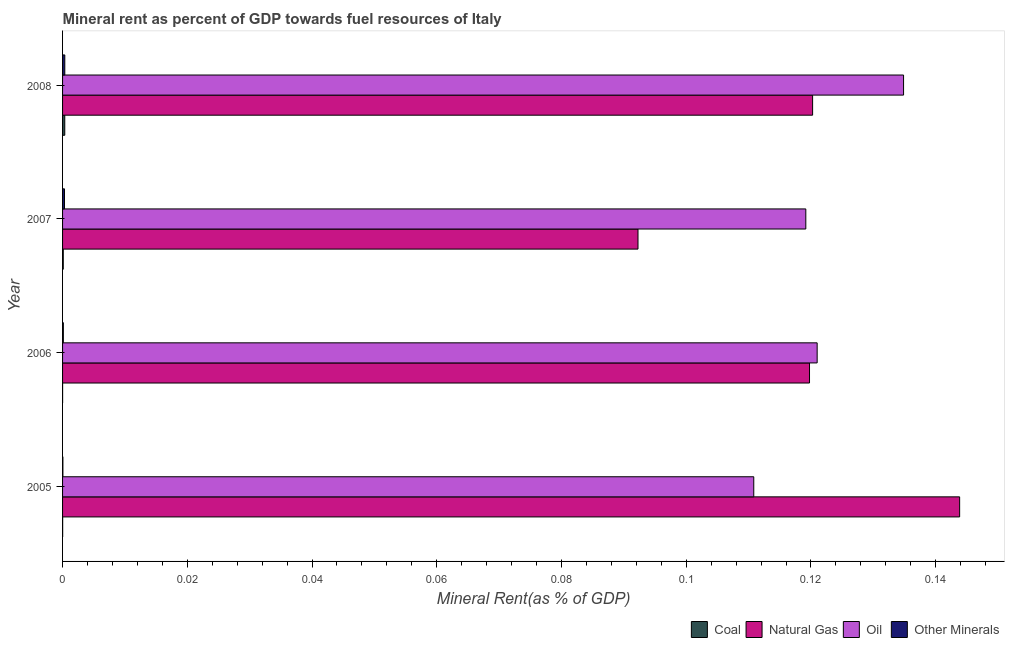
| Year | Coal | Natural Gas | Oil | Other Minerals |
 | --- | --- | --- | --- | --- |
 | 2005 | 1.53e-05 | 0.144 | 0.111 | 5.2e-05 |
 | 2006 | 5.17e-06 | 0.12 | 0.121 | 0.000124 |
 | 2007 | 0.000111 | 0.0923 | 0.119 | 0.000309 |
 | 2008 | 0.000352 | 0.12 | 0.135 | 0.000357 |